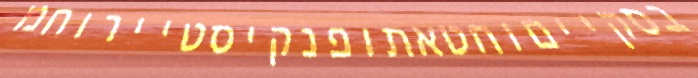
בסקייםוחטאתופנקיסטיירוחמ